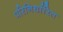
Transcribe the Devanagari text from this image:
परिनिर्धारित